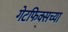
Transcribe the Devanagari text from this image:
गेटफिक्सच्या